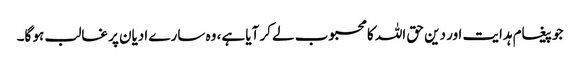
جو پیغام ہدایت اور دین حق اللہ کا محبوب لے کر آیا ہے، وہ سارے ادیان پر غالب ہو گا۔